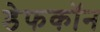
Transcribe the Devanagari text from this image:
डेफकॉन